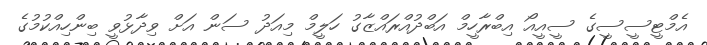
އެމްޓީސީސީގެ ސީއީއޯ އިބްރާހީމް އަބްދުއްރައްޒާގު ހަލީމް މިއަދު ސަން އަށް ވިދާޅުވީ ބިންހިއްކުމުގެ